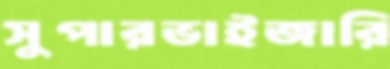
সুপারভাইজারি